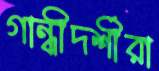
গান্ধীদর্শীরা